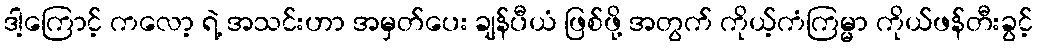
ဒါ့ကြောင့် ကလော့ ရဲ့ အသင်းဟာ အမှတ်ပေး ချန်ပီယံ ဖြစ်ဖို့ အတွက် ကိုယ့်ကံကြမ္မာ ကိုယ်ဖန်တီးခွင့်